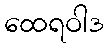
ထေရဝါဒ